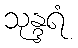
သုန္ဒရံ